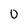
Character: 0